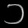
Digit: ၁